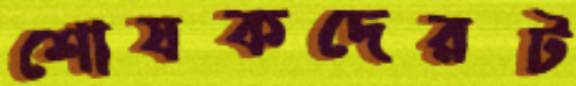
শোষকদেরট